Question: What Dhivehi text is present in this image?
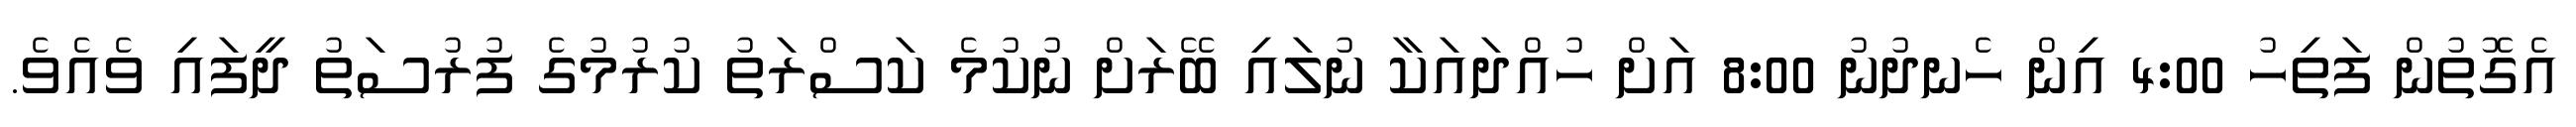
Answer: އެގޮތުން ފަތިހު 4:00 އިން ހެނދުނު 8:00 އަށް ހުއްދައަކާ ނުލައި ބޭރަށް ނުކުމެ ކަސްރަތު ކުރުމުގެ ފުރުސަތު ދީފައި ވެއެވެ.